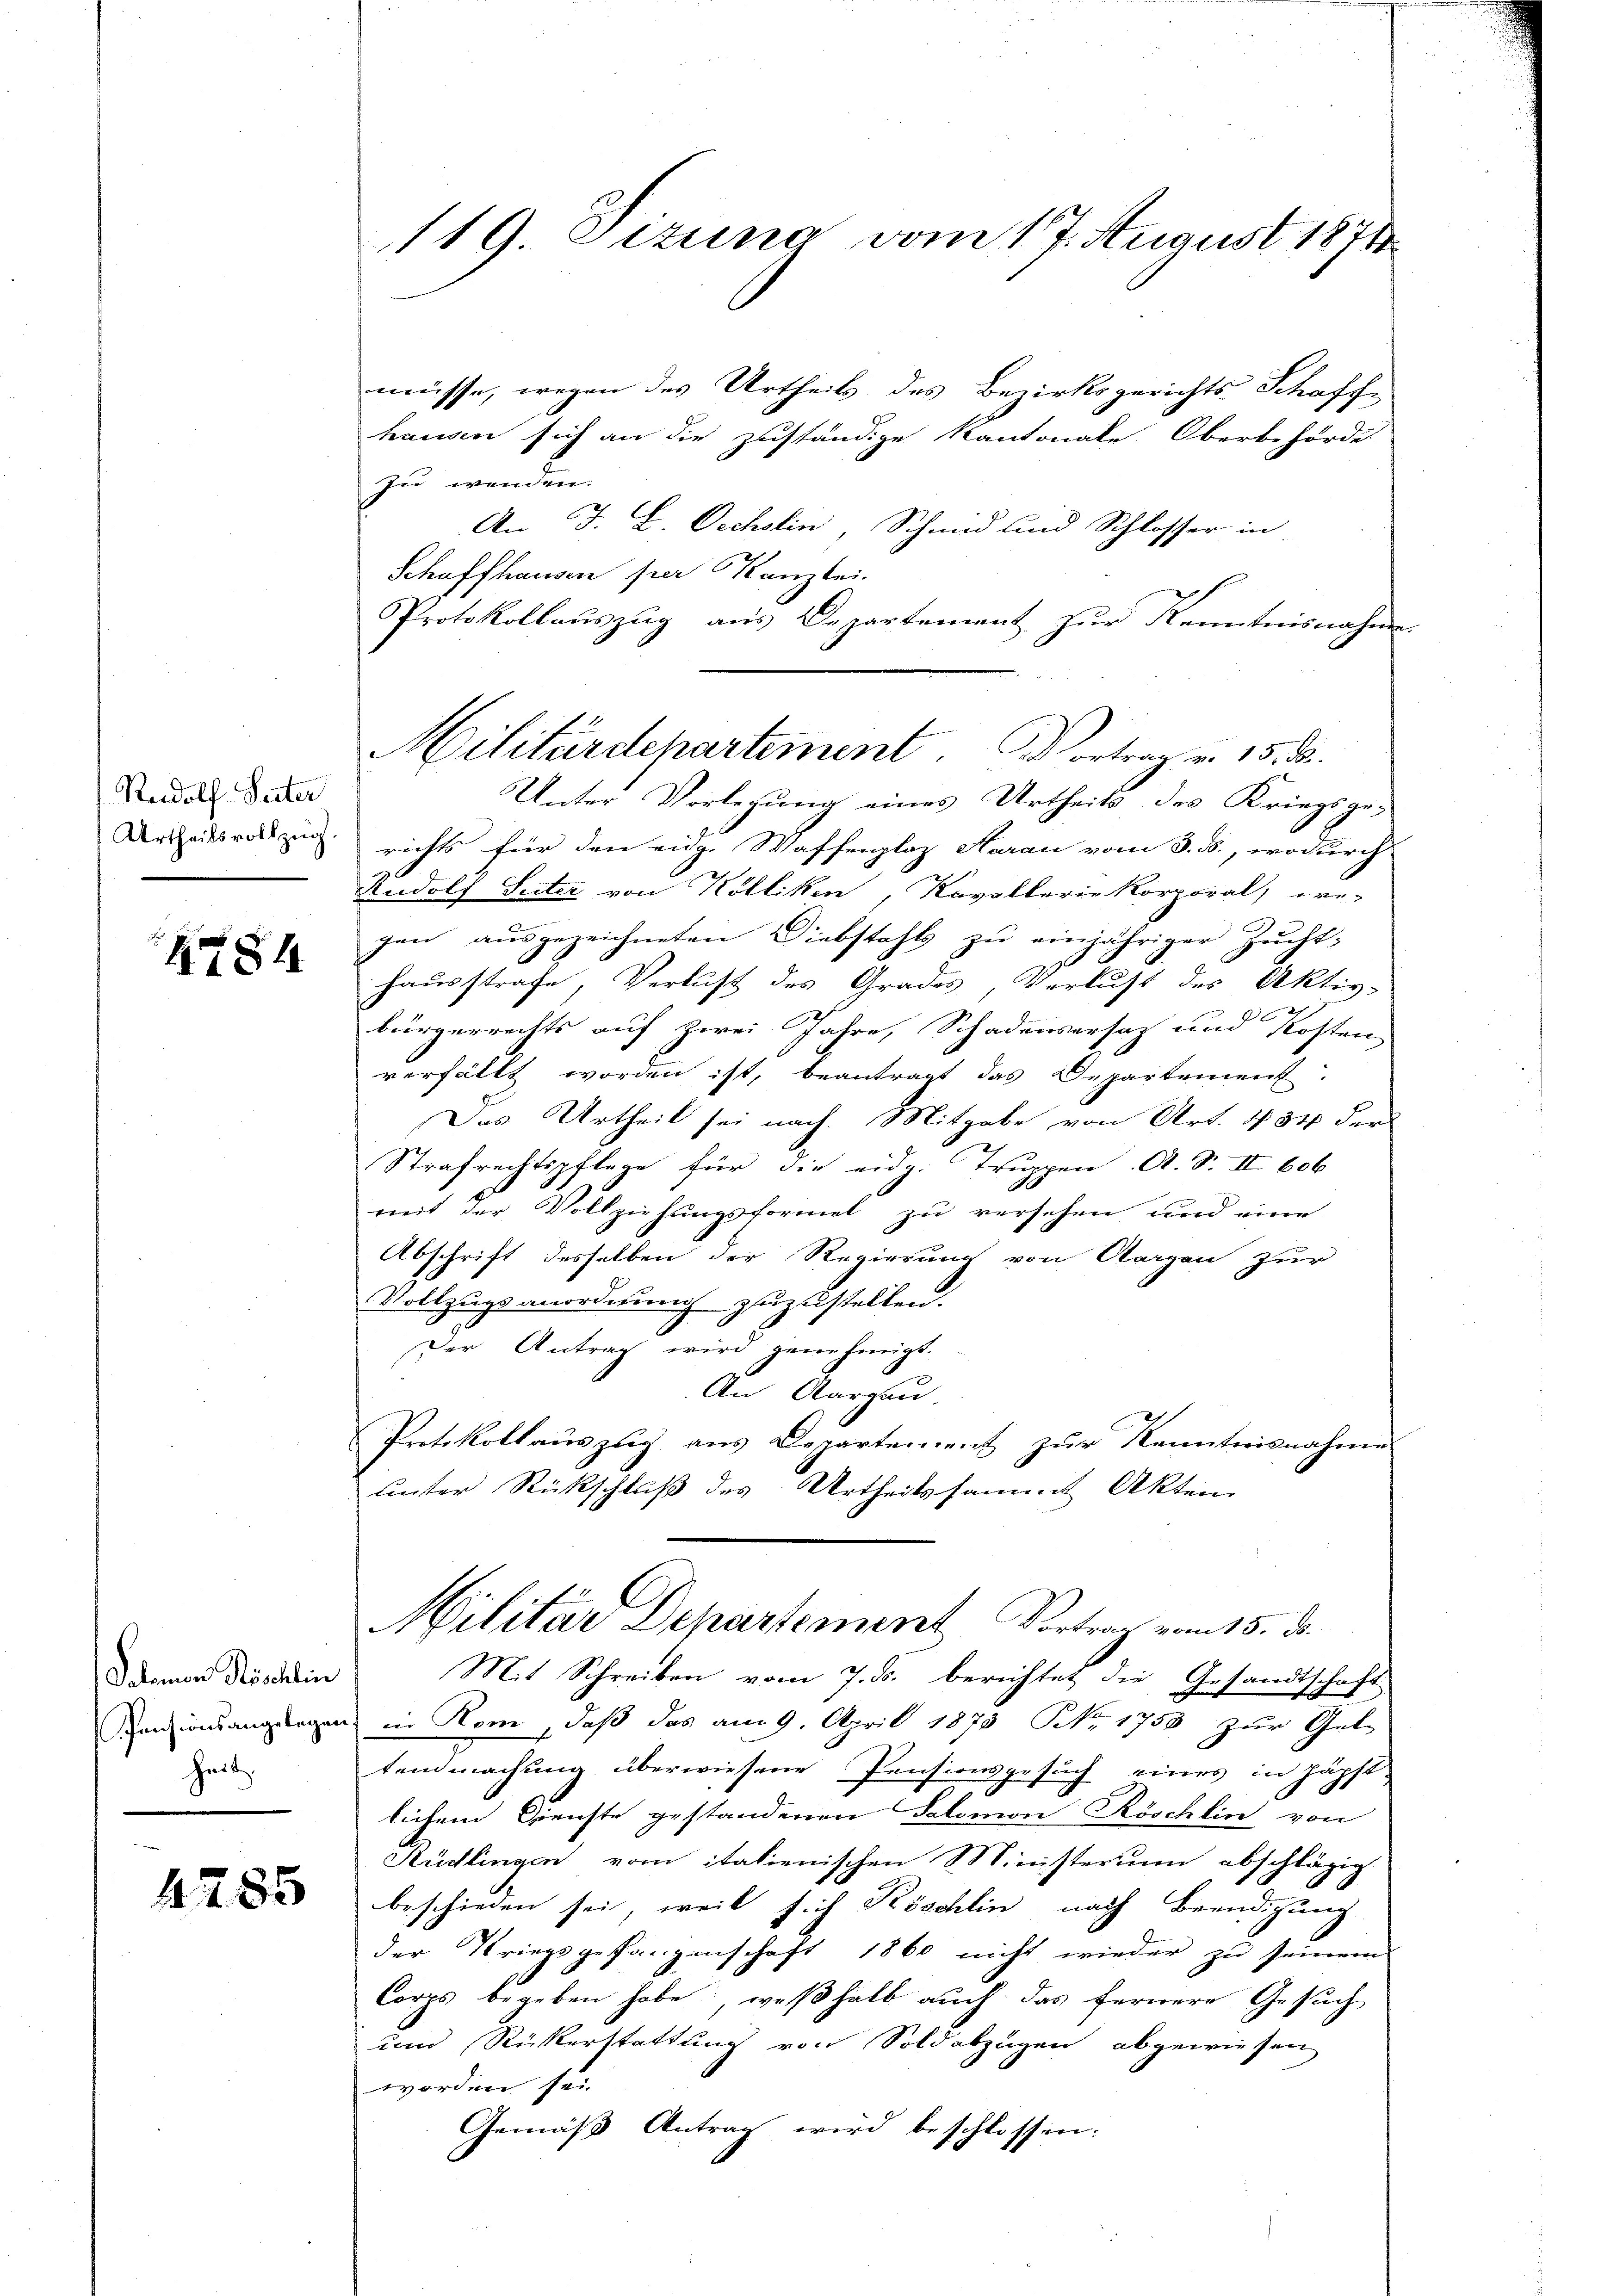
Rudolf Peter
Urtheilsvollzug.

4484

Salomon Köschlin
Pensionsangelegen,
heit

4785

119 Sizung vom 17. August 1871

müsse, wegen des Urtheils des Bezirksgerichts Schaff-
hausen sich an die zuständige Kantonale Oberbehörde
zu wenden.
An F. L. Oechslin, Schmid und Schlosser in
Schaffhausen per Kanzlei.
Protokollauszug aus Departement zur Kenntnisnahm
Unter Vorlegung eines Urtheils des Kriegsgerichts für den eidg. Waffenplaz Haran vom 8. B., wodurch
Rudolf Seiter von Kölliken, Kavallerie Korporal, we-
gen ausgezeichneten Diebstahls zu einjähriger Zucht-
hausstrafe, Verlust des Grades, Verlust des Aktiv-
bürgerrechts auf zwei Jahre, Schadensersatz und Kosten
verfällt worden ist, beantragt das Departement.
Das Urtheil sei nach. Mitgabe von Art. 434 der
Strafrechtspflege für die eidg. Truppen. A. S. II 606
mit der Vollziehungsformel zu versehen und eine
Abschrift desselben der Regierung von Aargen zur
Vollzugsanordnung zuzustellen.
Der Antrag wird genehmigt.
An Aargau.
Protokollauszug aus Departement zur Kenntnisnahme
unter Rückschluß des Urtheils sammt Akten
Militar Departement Vortrag vom 15. ds.
Mit Schreiben vom 7. ds. berichtet die Gesandtschaft
in Rom, daß das am 9. April 1873 No 1753 zur Gel-
tendmachung überwiesene Pensionsgesuch eines in päpst.
lichem Gienste gestandenen Salomon Röschlin von
Rüdlingen vom italienischen Ministerium abschlägig
beschieden sei, weil sich Köschlin nach Beendigung
der Kriegsgefangenschaft 1860 nicht wieder zu seinem
Corps begeben habe, weßhalb auch das fernere Gesuch
und Rückerstattung von Soldabzügen abgewiesen
worden sei.
Gemäß Antrag wird beschlossen:

Militärdepartement. Vortrag v. 15. d.